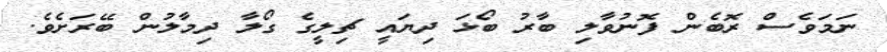
ނަމަވެސް ރޮބެން ފޮނުވާލި ބާރު ބޯޅަ ދިޔައީ ޗިލީގެ ގޯލާ ދިމާލުން ބޭރަށެވެ.